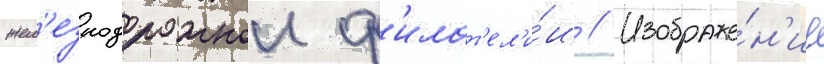
жел'езнодорожнои ф'илат'ел'и́и // Изображе́н'ие